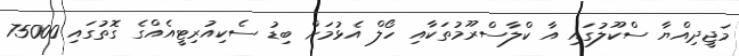
މަޖީދިއްޔާ ސްކޫލުގައި އާ ކްލާސްރޫމުތަކާއި ހޯލް އެޅުމަށް ބިޑު ސެކިއުރިޓީއެއްގެ ގޮތުގައި 75000